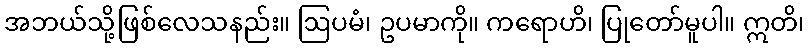
အဘယ်သို့ဖြစ်လေသနည်း။ ဩပမံ၊ ဥပမာကို။ ကရောဟိ၊ ပြုတော်မူပါ။ ဣတိ၊